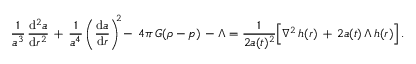
\frac { 1 } { a ^ { 3 } } \, \frac { \mathrm { d } ^ { 2 } a } { \mathrm { d } r ^ { 2 } } \, + \, \frac { 1 } { a ^ { 4 } } \left( \frac { \mathrm { d } a } { \mathrm { d } r } \right) ^ { \! \! 2 } \! - \, 4 \pi \, G ( \rho - p ) \, - \Lambda = \frac { 1 } { 2 a ( t ) ^ { 2 } } \Bigl [ \nabla ^ { 2 } \, h ( r ) \, + \, 2 a ( t ) \, \Lambda \, h ( r ) \Bigr ] \, .